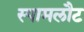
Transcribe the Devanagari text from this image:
स्पामलौट